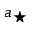
a _ { \star }